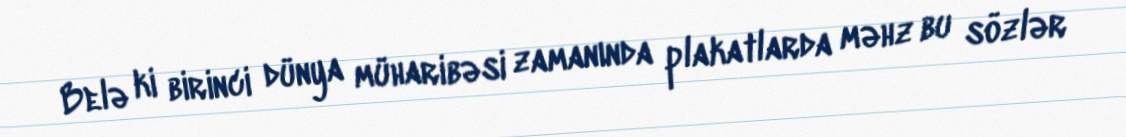
Belə ki birinci dünya müharibəsi zamanında plakatlarda məhz bu sözlər